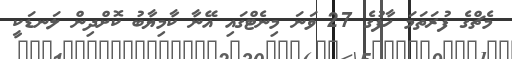
މެޗްގެ ފުރަތަމަ ހާފުގެ 27 ވަނަ މިނެޓްގައި އޭނާ ކާމިޔާބު ކޮށްދިން ލަނޑަކީ